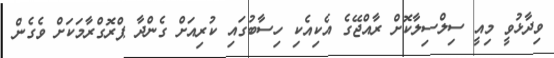
ވިދާޅުވީ މިއީ ސިލްސިލާކޮށް ރާއްޖޭގެ އެކިއެކި ހިސާބުގައި ކުރިއަށް ގެންދާ ޕްރޮގްރާމަކަށް ވެގެން